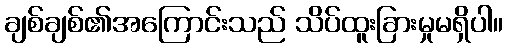
ချစ်ချစ်၏အကြောင်းသည် သိပ်ထူးခြားမှုမရှိပါ။